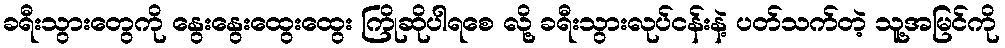
ခရီးသွားတွေကို နွေးနွေးထွေးထွေး ကြိုဆိုပါရစေ လို့ ခရီးသွားလုပ်ငန်းနဲ့ ပတ်သက်တဲ့ သူ့အမြင်ကို